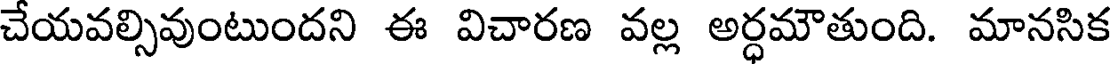
చేయవల్సివుంటుందని ఈ విచారణ వల్ల అర్ధమౌతుంది. మానసిక